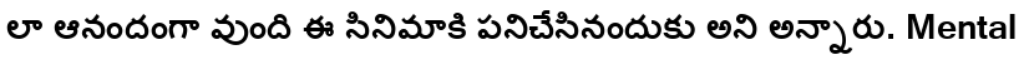
లా ఆనందంగా వుంది ఈ సినిమాకి పనిచేసినందుకు అని అన్నారు. Mental